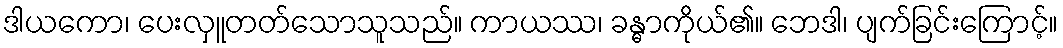
ဒါယကော၊ ပေးလှူတတ်သောသူသည်။ ကာယဿ၊ ခန္ဓာကိုယ်၏။ ဘေဒါ၊ ပျက်ခြင်းကြောင့်။